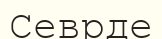
Севрде